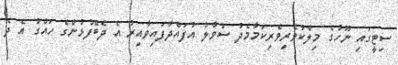
ސިޓީގައި ނޫހުގެ މިލްކުވެރިވެރިކަމާމެދު ސުވާލު އުފައްދާފައިވާއިރު އެ ދެބޭފުޅުންގެ ހައްގު އެ ދެ